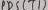
Text: PB5